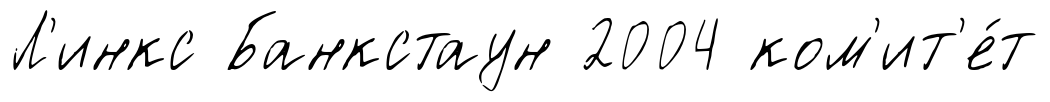
Л'инкс Банкстаун 2004 ком'ит'е́т